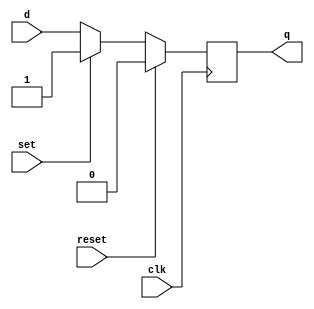
module d_flip_flop(
    input wire clk,
    input wire reset,
    input wire set,
    input wire d,
    output reg q
);

always @(posedge clk) begin
    if (reset) begin
        q <= 1'b0;
    end else if (set) begin
        q <= 1'b1;
    end else begin
        q <= d;
    end
end

endmodule